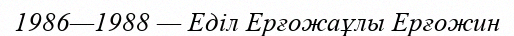
1986—1988 — Еділ Ерғожаұлы Ерғожин